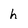
Character: h